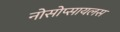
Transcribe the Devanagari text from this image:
नोसोप्सायलस